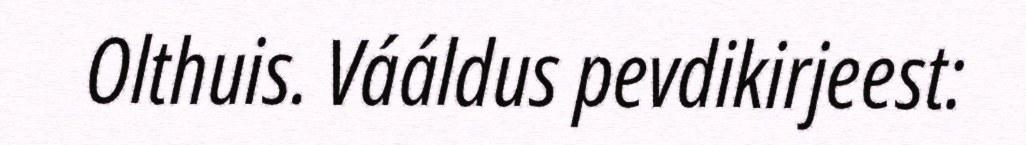
Olthuis. Vááldus pevdikirjeest: